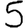
Digit: 5